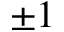
\pm 1